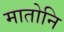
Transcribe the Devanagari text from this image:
मातोनि